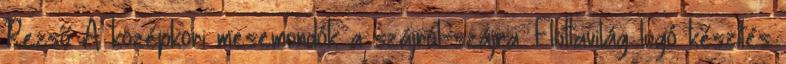
Rezső A középkori mesemondók a szájról-szájra. Flottavilág logó készítés